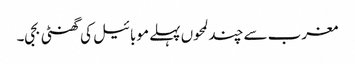
مغرب سے چند لمحوں پہلے موبائیل کی گھنٹی بجی۔